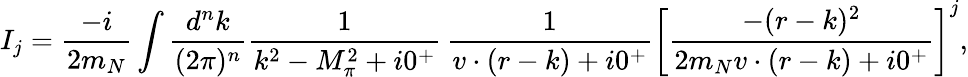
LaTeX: I_{j}=\frac{-i}{2m_{N}}\int\frac{d^{n}k}{(2\pi)^{n}}\frac{1}{k^{2}-M_{\pi}^{2}+i0^{+}}\, \frac{1}{v\cdot(r-k)+i0^{+}}\left[\frac{-(r-k)^{2}}{2m_{N}v\cdot(r-k)+i0^{+}}\right]^{j},